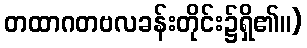
တထာဂတဗလခန်းတိုင်း၌ရှိ၏။)